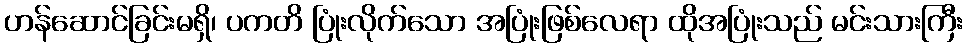
ဟန်ဆောင်ခြင်းမရှိ၊ ပကတိ ပြုံးလိုက်သော အပြုံးဖြစ်လေရာ ထိုအပြုံးသည် မင်းသားကြီး